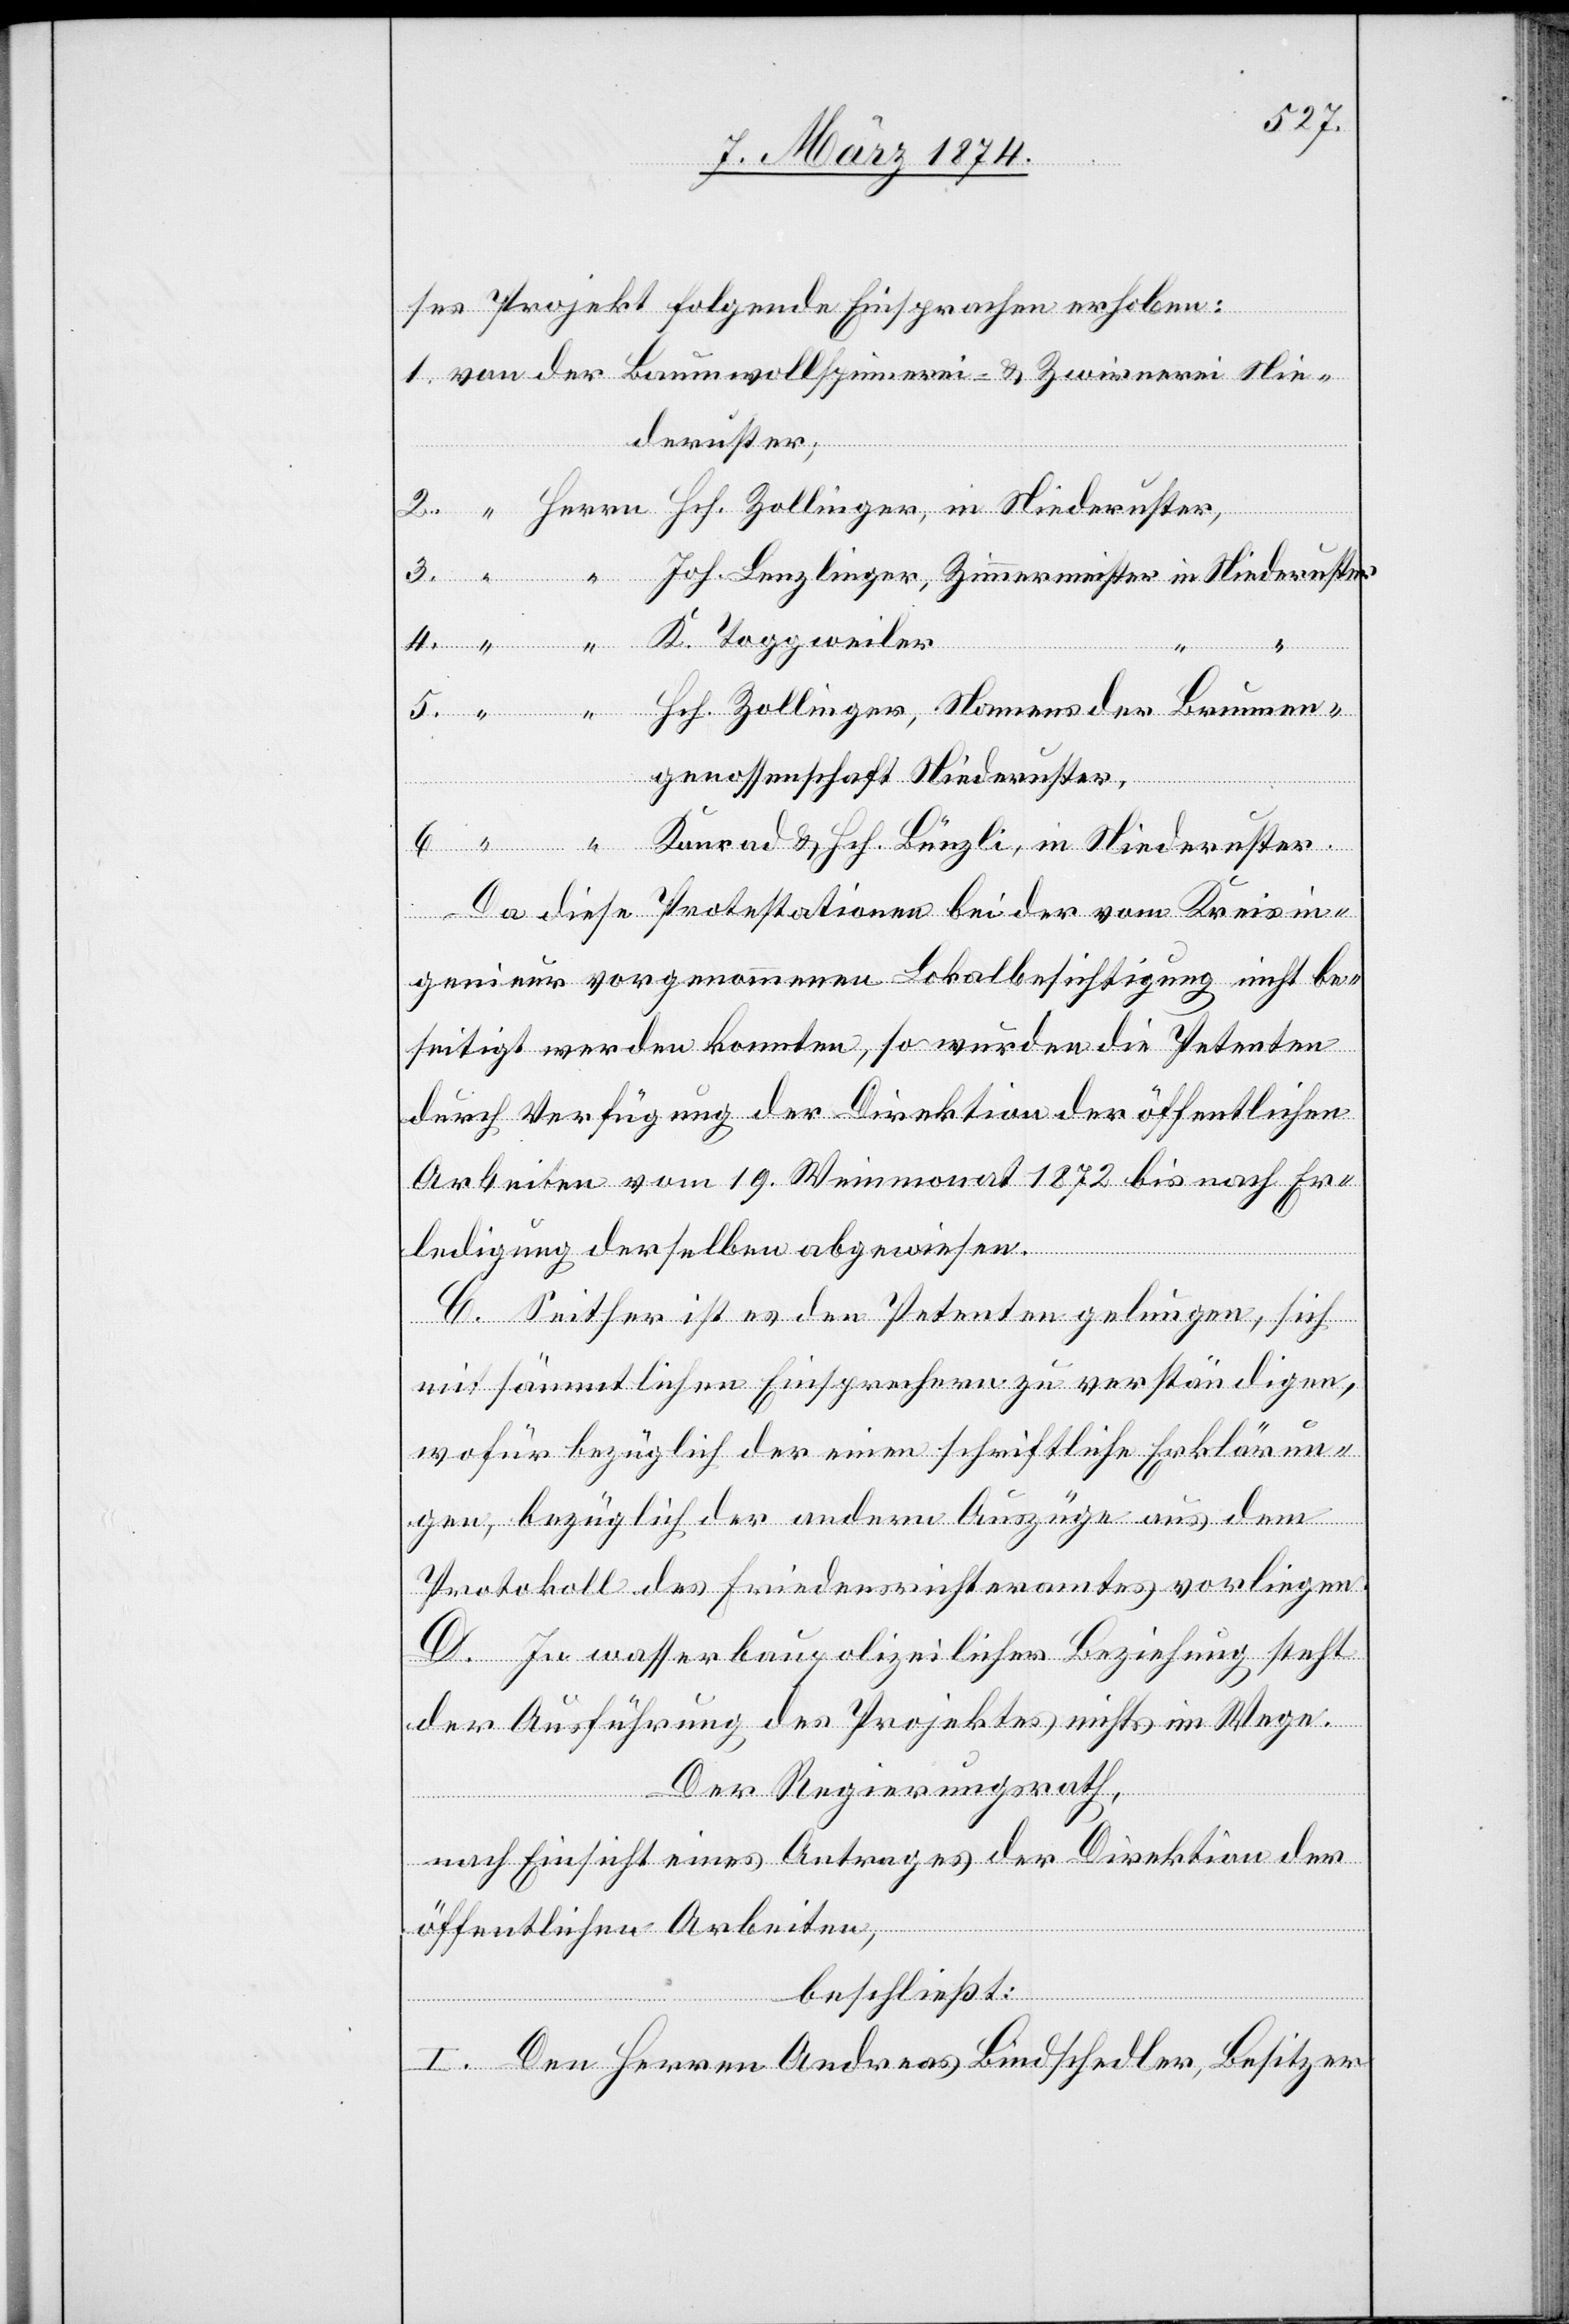
Nie¬
ses Projekt folgende Einsprachen erhoben:
deruster
6.
genossenschaft Niederuster,
Da diese Protestationen bei der vom Kreisin¬
genieur vorgenommenen Lokalbesichtigung nicht be¬
seitigt werden konnten, so wurden die Petenten
durch Verfügung der Direktion der öffentlichen
Arbeiten vom 19. Weinmonat 1872 bis nach Er¬
ledigung derselben abgewiesen.
C. Seither ist es den Petenten gelungen, sich
mit sämmtlichen Einsprechern zu verständigen,
wofür bezüglich der einen schriftliche Erklärun¬
gen, bezüglich der andern Auszüge aus dem
Protokoll des Friedensrichteramtes vorliegen.
D. In wasserbaupolizeilicher Beziehung steht
der Ausführung des Projektes nichts im Wege.
Der Regierungsrath,
nach Einsicht eines Antrages der Direktion der
öffentlichen Arbeiten,
beschließt:
I. Den Herren Andreas Bindschedler, Besitzer